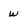
Character: W